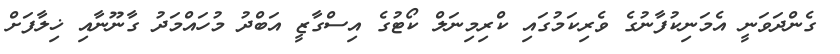
ގެންދަވަނީ އެމަނިކުފާނުގެ ވެރިކަމުގައި ކްރިމިނަލް ކޯޓުގެ އިސްގާޒީ އަބްދު މުހަައްމަދު ގާނޫނާއި ޚިލާފަށް